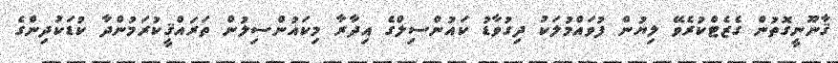
ޤާނޫނީގޮތުން ގެޒެޓްކުރެވޭ ލިޔުން ފުވައްމުލަކު ދިގުވާޑު ކައުންސިލްގެ އިދާރާ މިކައުންސިލުން ތަރައްޤީކުރަމުންދާ ކުޑަކުދިންގެ